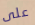
على